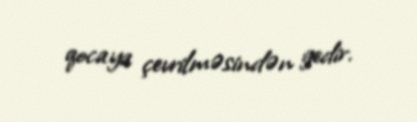
qocaya çevrilməsindən gedir.